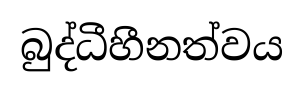
බුද්ධීහීනත්වය